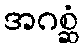
အဂစ္ဆံ